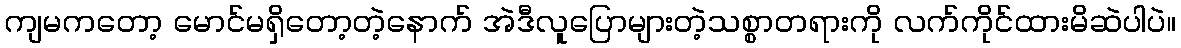
ကျမကတော့ မောင်မရှိတော့တဲ့နောက် အဲဒီလူပြောများတဲ့သစ္စာတရားကို လက်ကိုင်ထားမိဆဲပါပဲ။